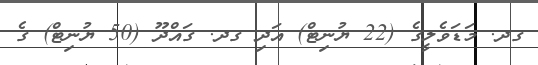
ގދ. މަޑަވެލީގެ (22 ޔުނިޓް) އަދި ގދ. ގައްދޫ (50 ޔުނިޓް) ގެ